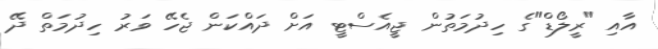
އާއި "ރީލޯޑް"ގެ ހިދުމަތުން ޖީއެސްޓީ އަށް ދައްކަން ޖެހޭ ވަރު ހިދުމަތް ދޭ